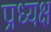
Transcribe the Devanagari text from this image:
प्रध्यक्ष